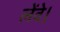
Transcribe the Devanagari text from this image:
लेंवे।